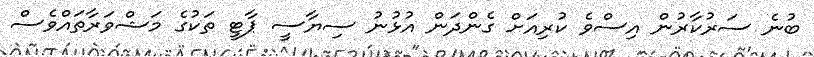
ބުނެ ސަރުކާރުން އިސްވެ ކުރިއަށް ގެންދަން އުޅުނު ސިޔާސީ ޕާޓީ ތަކުގެ މަޝްވަރާތައްވެސް